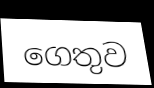
ගෙතුව